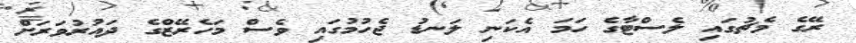
ރޭގެ މެޗުގައި ލެސްޓާގެ ހަމަ އެކަނި ލަނޑު ޖެހުމުގައި ވެސް މަހެރޭޒްގެ ދައުރުވަރަށް